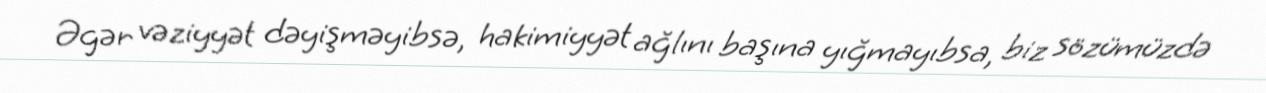
Əgər vəziyyət dəyişməyibsə, hakimiyyət ağlını başına yığmayıbsa, biz sözümüzdə